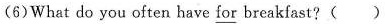
(6)What do you often have for breakfast?( )